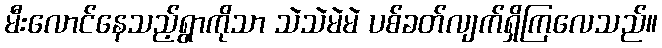
မီးလောင်နေသည့်ရွာကိုသာ သဲသဲမဲမဲ ပစ်ခတ်လျက်ရှိကြလေသည်။